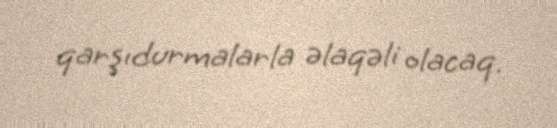
qarşıdurmalarla əlaqəli olacaq.